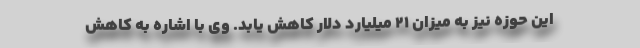
این حوزه نیز به میزان 21 میلیارد دلار کاهش یابد. وی با اشاره به کاهش